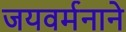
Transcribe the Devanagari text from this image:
जयवर्मनाने